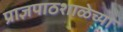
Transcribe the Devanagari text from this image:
प्राज्ञपाठशाळेच्या